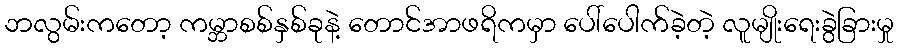
ဘလွမ်းကတော့ ကမ္ဘာစစ်နှစ်ခုနဲ့ တောင်အာဖရိကမှာ ပေါ်ပေါက်ခဲ့တဲ့ လူမျိုးရေးခွဲခြားမှု